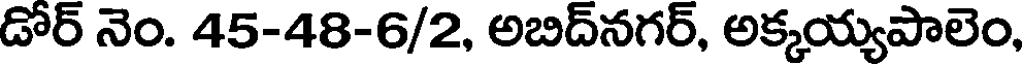
డోర్ నెం. 45-48-6/2, అబిద్నగర్, అక్కయ్యపాలెం,